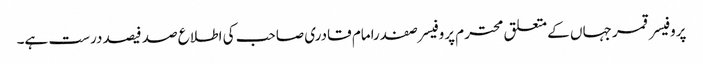
پروفیسر قمر جہاں کے متعلق محترم پروفیسر صفدرامام قادری صاحب کی اطلاع صد فیصد درست ہے۔